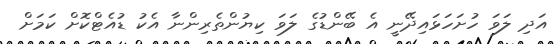
އަދި ލަވަ ހުށަހަޅައިދޭނީ އެ ބޭންޑުގެ ލަވަ ކިޔުންތެރިންނާ އެކު ޑުއެޓްކޮށް ކަމަށް